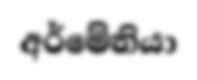
අර්මේනියා